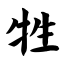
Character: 牲